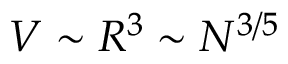
V \sim R ^ { 3 } \sim N ^ { 3 / 5 }